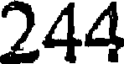
244